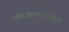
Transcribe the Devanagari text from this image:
समाजव्यवस्थेकडून